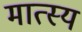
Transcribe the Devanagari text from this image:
मात्स्य